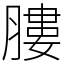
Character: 膢